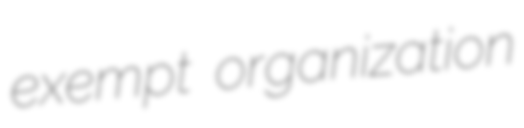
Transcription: exempt organization